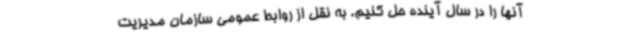
آنها را در سال آینده حل کنیم. به نقل از روابط عمومی سازمان مدیریت